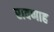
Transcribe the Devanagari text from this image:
रावणाह